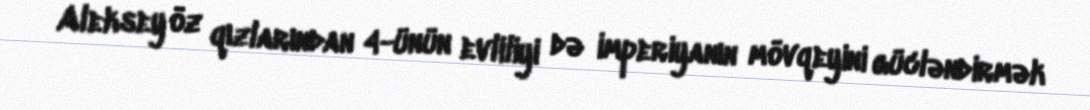
Aleksey öz qızlarından 4-ünün evliliyi də imperiyanın mövqeyini gücləndirmək